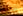
إحترق